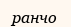
ранчо